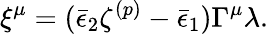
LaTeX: \xi^{\mu}=(\bar{\epsilon}_{2}\zeta^{(p)}-\bar{\epsilon}_{1})\Gamma^{\mu}\lambda.